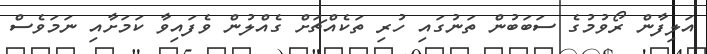
އަލިފާން ރޯވުމުގެ ސަބަބުން ތަނުގައި ހުރި ތަކެއްޗަށް ގެއްލުން ވެފައިވާ ކަމަށާއި ނަަމަވެސް